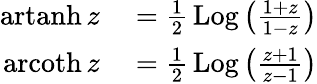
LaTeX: \begin{array}{rl}{\operatorname{artanh}z}&{{}={\frac{1}{2}}\operatorname{Log}\left({\frac{1+z}{1-z}}\right)}\\ {\operatorname{arcoth}z}&{{}={\frac{1}{2}}\operatorname{Log}\left({\frac{z+1}{z-1}}\right)}\end{array}